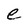
Character: e